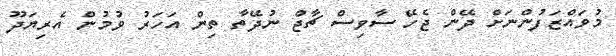
މުވައްޒަފުންނަށް ދޭން ޖެހޭ ސާވިސް ޗާޖް ނުދޭތާ ތިން އަހަރު ވުމުން އެރިޔަދޫ